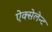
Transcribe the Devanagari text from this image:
ऐक्सेलेन्ट